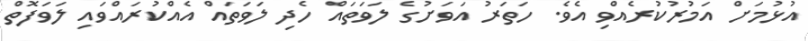
އުޅުމަށް އަމުރުކުރެއްވި އެވެ. ހަތަރު އަވަށުގެ ލަވަތައް ހެދި ލަވަތައް އެއްކުރައްވައި ލަވަފޮތް